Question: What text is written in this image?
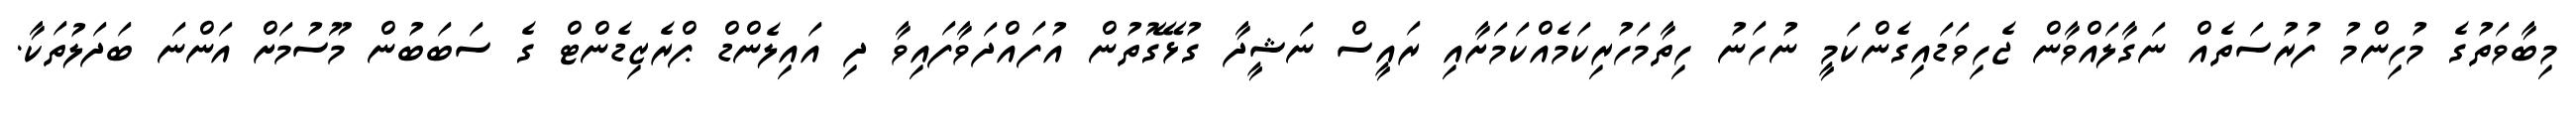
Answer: މިބާވަތުގެ މުހިންމު ފުރުސަތެއް ނަގާލައްވާން ޖެހިވަޑައިގެންކަމީ ނުހަނު ހިތާމަހުރިކަމެއްކަމަށާއި ރައީސް ނަޝީދާ ގުޅޭގޮތުން އުފައްދަވާފައިވާ ދި އައިލެންޑް ޕްރެޒިޑެންޓް ގެ ސަބަބުން މޫސުމަށް އަންނަ ބަދަލުތަކާ.